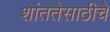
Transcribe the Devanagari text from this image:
शांततेसाठीचे